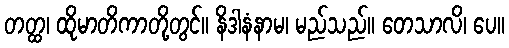
တတ္ထ၊ ထိုမာတိကာတို့တွင်။ နိဒါနံနာမ၊ မည်သည်။ ဝောသာလိ၊ ပေ။